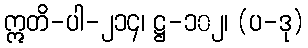
ဣတိ-ပါ-၂၁၄၊ ဋ္ဌ-၁၀၂၊ (ပ-ဒု)